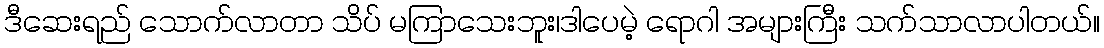
ဒီဆေးရည် သောက်လာတာ သိပ် မကြာသေးဘူး၊ဒါပေမဲ့ ရောဂါ အများကြီး သက်သာလာပါတယ်။